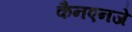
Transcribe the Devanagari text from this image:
कैनएनजे